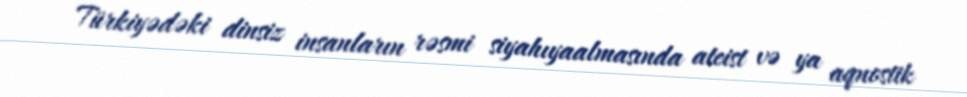
Türkiyədəki dinsiz insanların rəsmi siyahıyaalmasında ateist və ya aqnostik